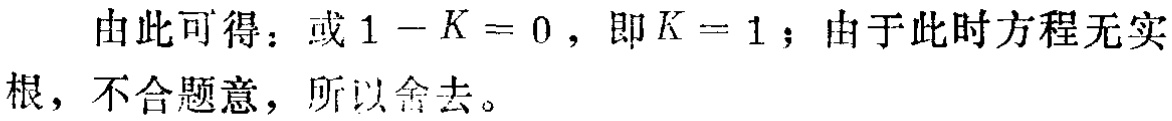
由此可得：或 \(1 - K = 0\)，即 \(K = 1\)；由于此时方程无实根，不合题意，所以舍去。